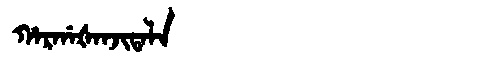
Manchu: ᡥᠠᡵᡤᠠᡧᠠᠨᠵᡳᡨᠠᠯᠠ
Romanization: HARGAŠANJITALA